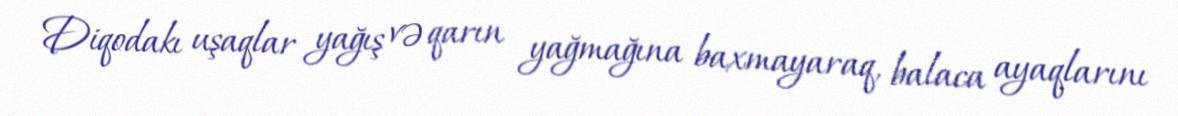
Diqodakı uşaqlar yağış və qarın yağmağına baxmayaraq, balaca ayaqlarını